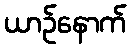
ယာဉ်နောက်